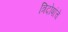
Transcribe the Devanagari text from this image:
त्रिदोषांचे